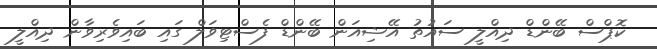
ކޮޕްސް ބޭންޑް ދިއްލީ ސައުތު އޭޝިއަން ބޭންޑް ފެސްޓިވަލް ގައި ބައިވެރިވާން ދިއްލީ